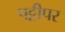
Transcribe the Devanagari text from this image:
पट्टीपर